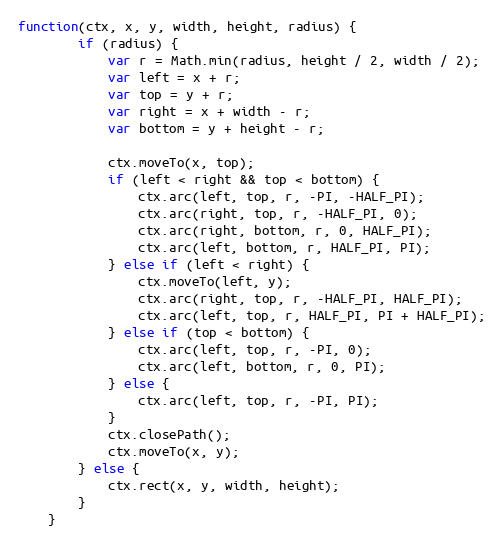
Language: JavaScript
function(ctx, x, y, width, height, radius) {
		if (radius) {
			var r = Math.min(radius, height / 2, width / 2);
			var left = x + r;
			var top = y + r;
			var right = x + width - r;
			var bottom = y + height - r;

			ctx.moveTo(x, top);
			if (left < right && top < bottom) {
				ctx.arc(left, top, r, -PI, -HALF_PI);
				ctx.arc(right, top, r, -HALF_PI, 0);
				ctx.arc(right, bottom, r, 0, HALF_PI);
				ctx.arc(left, bottom, r, HALF_PI, PI);
			} else if (left < right) {
				ctx.moveTo(left, y);
				ctx.arc(right, top, r, -HALF_PI, HALF_PI);
				ctx.arc(left, top, r, HALF_PI, PI + HALF_PI);
			} else if (top < bottom) {
				ctx.arc(left, top, r, -PI, 0);
				ctx.arc(left, bottom, r, 0, PI);
			} else {
				ctx.arc(left, top, r, -PI, PI);
			}
			ctx.closePath();
			ctx.moveTo(x, y);
		} else {
			ctx.rect(x, y, width, height);
		}
	}